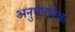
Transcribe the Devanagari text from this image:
अनुभवांपेक्षा